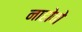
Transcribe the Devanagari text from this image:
नाहोवो